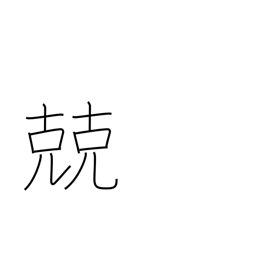
Meaning: discreet